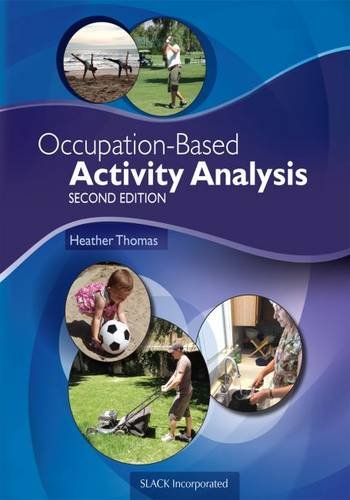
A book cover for Occupation-Based Activity Analysis; Heather Thomas PhD  OTR/L; Medical Books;